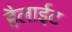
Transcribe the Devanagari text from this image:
हैलाईट